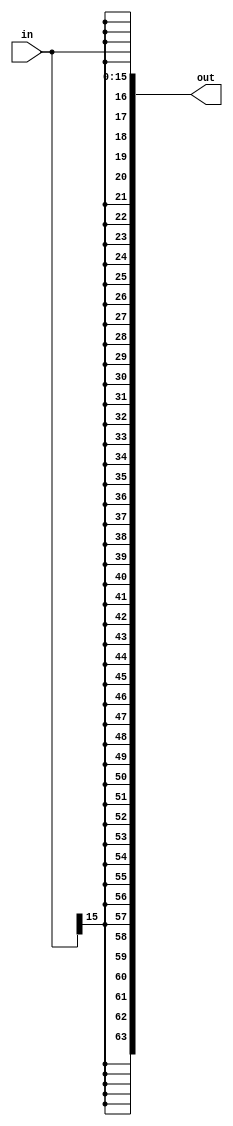
module sign_extend(input [15:0] in, output [63:0] out);
    assign out = {{48{in[15]}}, in};
endmodule